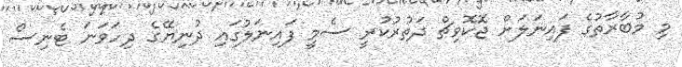
މި މުބާރާތުގެ ފައިނަލަށް ޖޮކޮވިޗް ދަތުރުކުރީ ސެމީ ފައިނަލުގައި ދުނިޔޭގެ ދިހަވަނަ ޓެނިސް